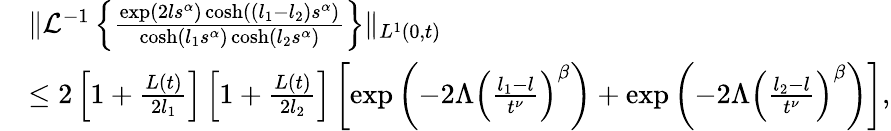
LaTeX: \begin{array}{rl}&{\| \mathcal{L}^{-1}\left\{ \frac{\exp(2ls^{\alpha})\cosh((l_{1}-l_{2})s^{\alpha})}{\cosh(l_{1}s^{\alpha})\cosh(l_{2}s^{\alpha})}\right\} \| _{L^{1}(0,t)}}\\ &{\leq 2\left[1+\frac{L(t)}{2l_{1}}\right]\left[1+\frac{L(t)}{2l_{2}}\right]\left[\exp\left(-2\Lambda\left(\frac{l_{1}-l}{t^{\nu}}\right)^{\beta}\right)+\exp\left(-2\Lambda\left(\frac{l_{2}-l}{t^{\nu}}\right)^{\beta}\right)\right],}\end{array}